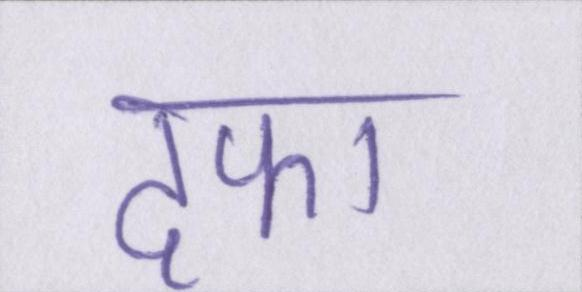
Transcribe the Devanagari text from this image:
दफा